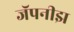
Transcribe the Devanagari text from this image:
जॅपनीझ